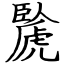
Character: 䖙